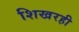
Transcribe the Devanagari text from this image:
शिखरही